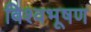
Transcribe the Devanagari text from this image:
विश्वभूषण